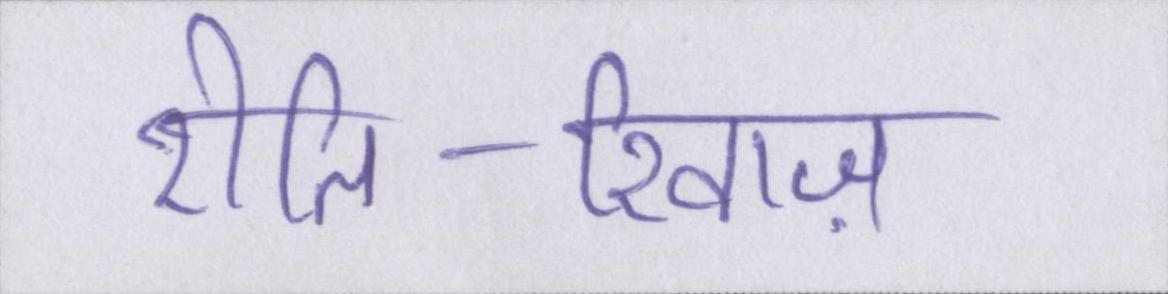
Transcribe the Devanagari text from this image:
रीति-रिवाज़